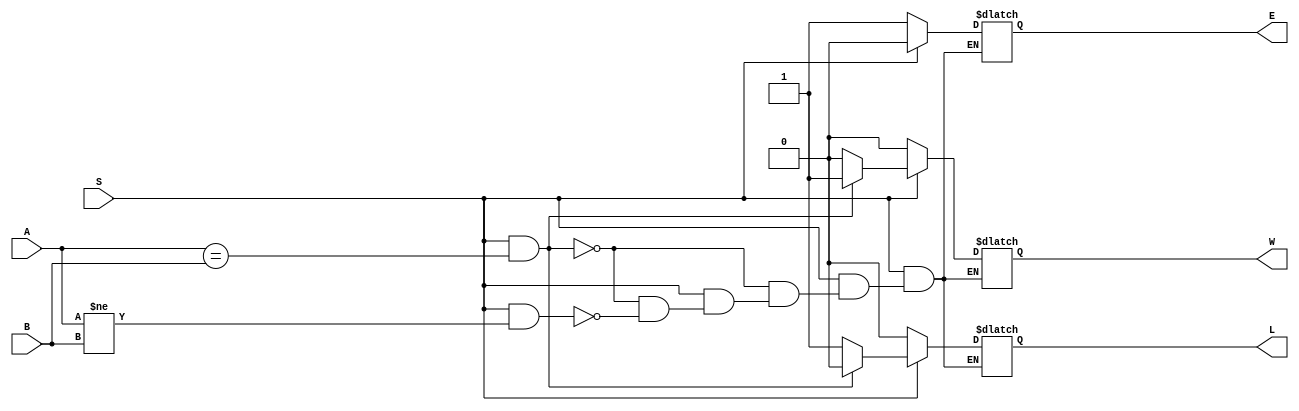
module WinLose(A, B, S, E, W, L);
	input [2:0] A;
	input [2:0] B;
	input S;
	output reg E, W, L;
	
	always @ (*)
		begin
			if (S == 1'b0) begin
				E = 1'b1;
				W = 1'b0;
				L = 1'b0;
			end else if (S == 1'b1 && A == B) begin
				E = 1'b0;
				W = 1'b1;
				L = 1'b0;
			end else if (S == 1'b1 && A != B) begin
				E = 1'b0;
				W = 1'b0;
				L = 1'b1;
			end
		end

endmodule